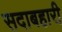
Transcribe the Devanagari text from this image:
सदाबहारी